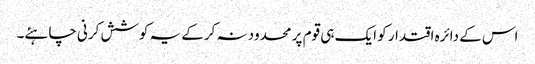
اس کے دائرہ اقتدار کو ایک ہی قوم پر محدود نہ کرکے یہ کوشش کرنی چاہئے۔